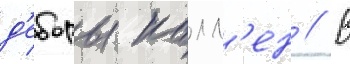
д'еборы калл'ен // В